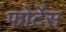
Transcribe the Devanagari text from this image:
फोर्टेस